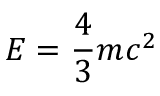
E = \frac { 4 } { 3 } m c ^ { 2 }